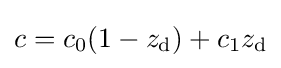
c=c_{0}(1-z_{\text{d}})+c_{1}z_{\text{d}}